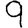
Digit: 9